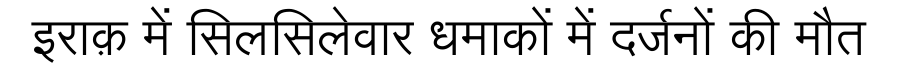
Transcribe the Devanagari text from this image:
इराक़ में सिलसिलेवार धमाकों में दर्जनों की मौत